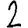
Digit: 2